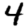
Digit: 4